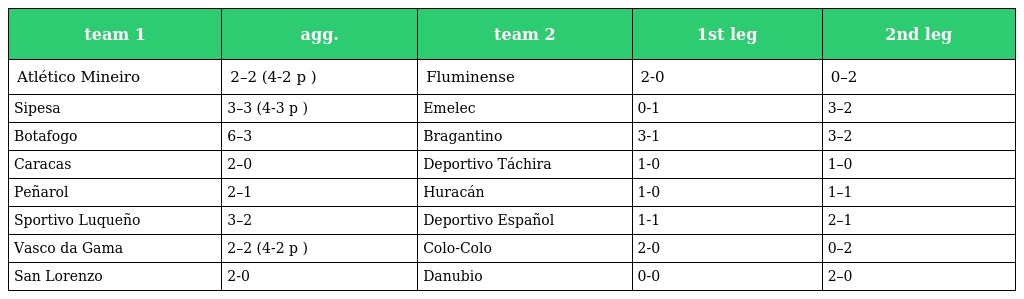
| team 1 | agg. | team 2 | 1st leg | 2nd leg |
 | --- | --- | --- | --- | --- |
 | Atlético Mineiro | 2–2 (4-2 p ) | Fluminense | 2-0 | 0–2 |
 | Sipesa | 3–3 (4-3 p ) | Emelec | 0-1 | 3–2 |
 | Botafogo | 6–3 | Bragantino | 3-1 | 3–2 |
 | Caracas | 2–0 | Deportivo Táchira | 1-0 | 1–0 |
 | Peñarol | 2–1 | Huracán | 1-0 | 1–1 |
 | Sportivo Luqueño | 3–2 | Deportivo Español | 1-1 | 2–1 |
 | Vasco da Gama | 2–2 (4-2 p ) | Colo-Colo | 2-0 | 0–2 |
 | San Lorenzo | 2-0 | Danubio | 0-0 | 2–0 |